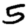
Digit: 5